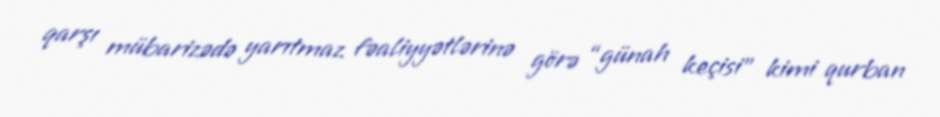
qarşı mübarizədə yarıtmaz fəaliyyətlərinə görə “günah keçisi” kimi qurban